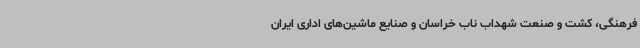
فرهنگی، کشت و صنعت شهداب ناب خراسان و صنایع ماشین‌های اداری ایران